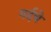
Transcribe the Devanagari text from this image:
गर्दचे